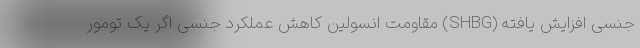
جنسی افزایش یافته (SHBG) مقاومت انسولین کاهش عملکرد جنسی اگر یک تومور